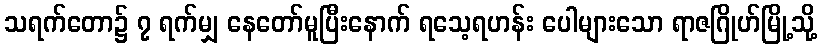
သရက်တော၌ ၇ ရက်မျှ နေတော်မူပြီးနောက် ရသေ့ရဟန်း ပေါများသော ရာဇဂြိုဟ်မြို့သို့